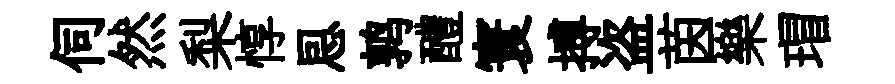
伺然梨惇㤙鹑醴寰搏盗茵樂瑁